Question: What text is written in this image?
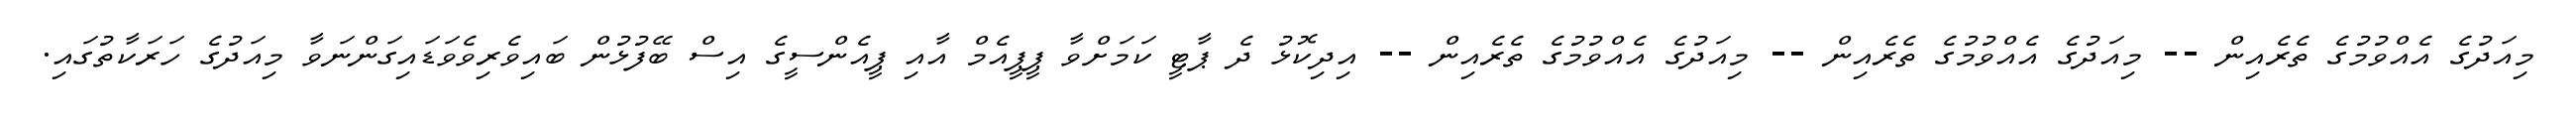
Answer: މިއަދުގެ އެއްވުމުގެ ތެރެއިން -- މިއަދުގެ އެއްވުމުގެ ތެރެއިން -- މިއަދުގެ އެއްވުމުގެ ތެރެއިން -- އިދިކޮޅު ދެ ޕާޓީ ކަމަށްވާ ޕީޕީއެމް އާއި ޕީއެންސީގެ އިސް ބޭފުޅުން ބައިވެރިވެވަޑައިގަންނަވާ މިއަދުގެ ހަރަކާތުގައި.